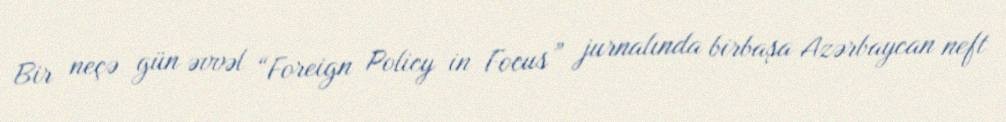
Bir neçə gün əvvəl “Foreign Policy in Focus” jurnalında birbaşa Azərbaycan neft